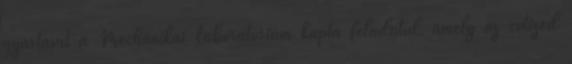
gyártását a Mechanikai Laboratórium kapta feladatul, amely az évtized